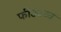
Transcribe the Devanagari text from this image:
फीऊःव्व